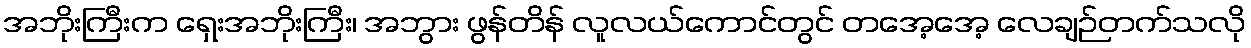
အဘိုးကြီးက ရှေးအဘိုးကြီး၊ အဘွား ဖွန်တိန် လူလယ်ကောင်တွင် တအေ့အေ့ လေချဉ်တက်သလို